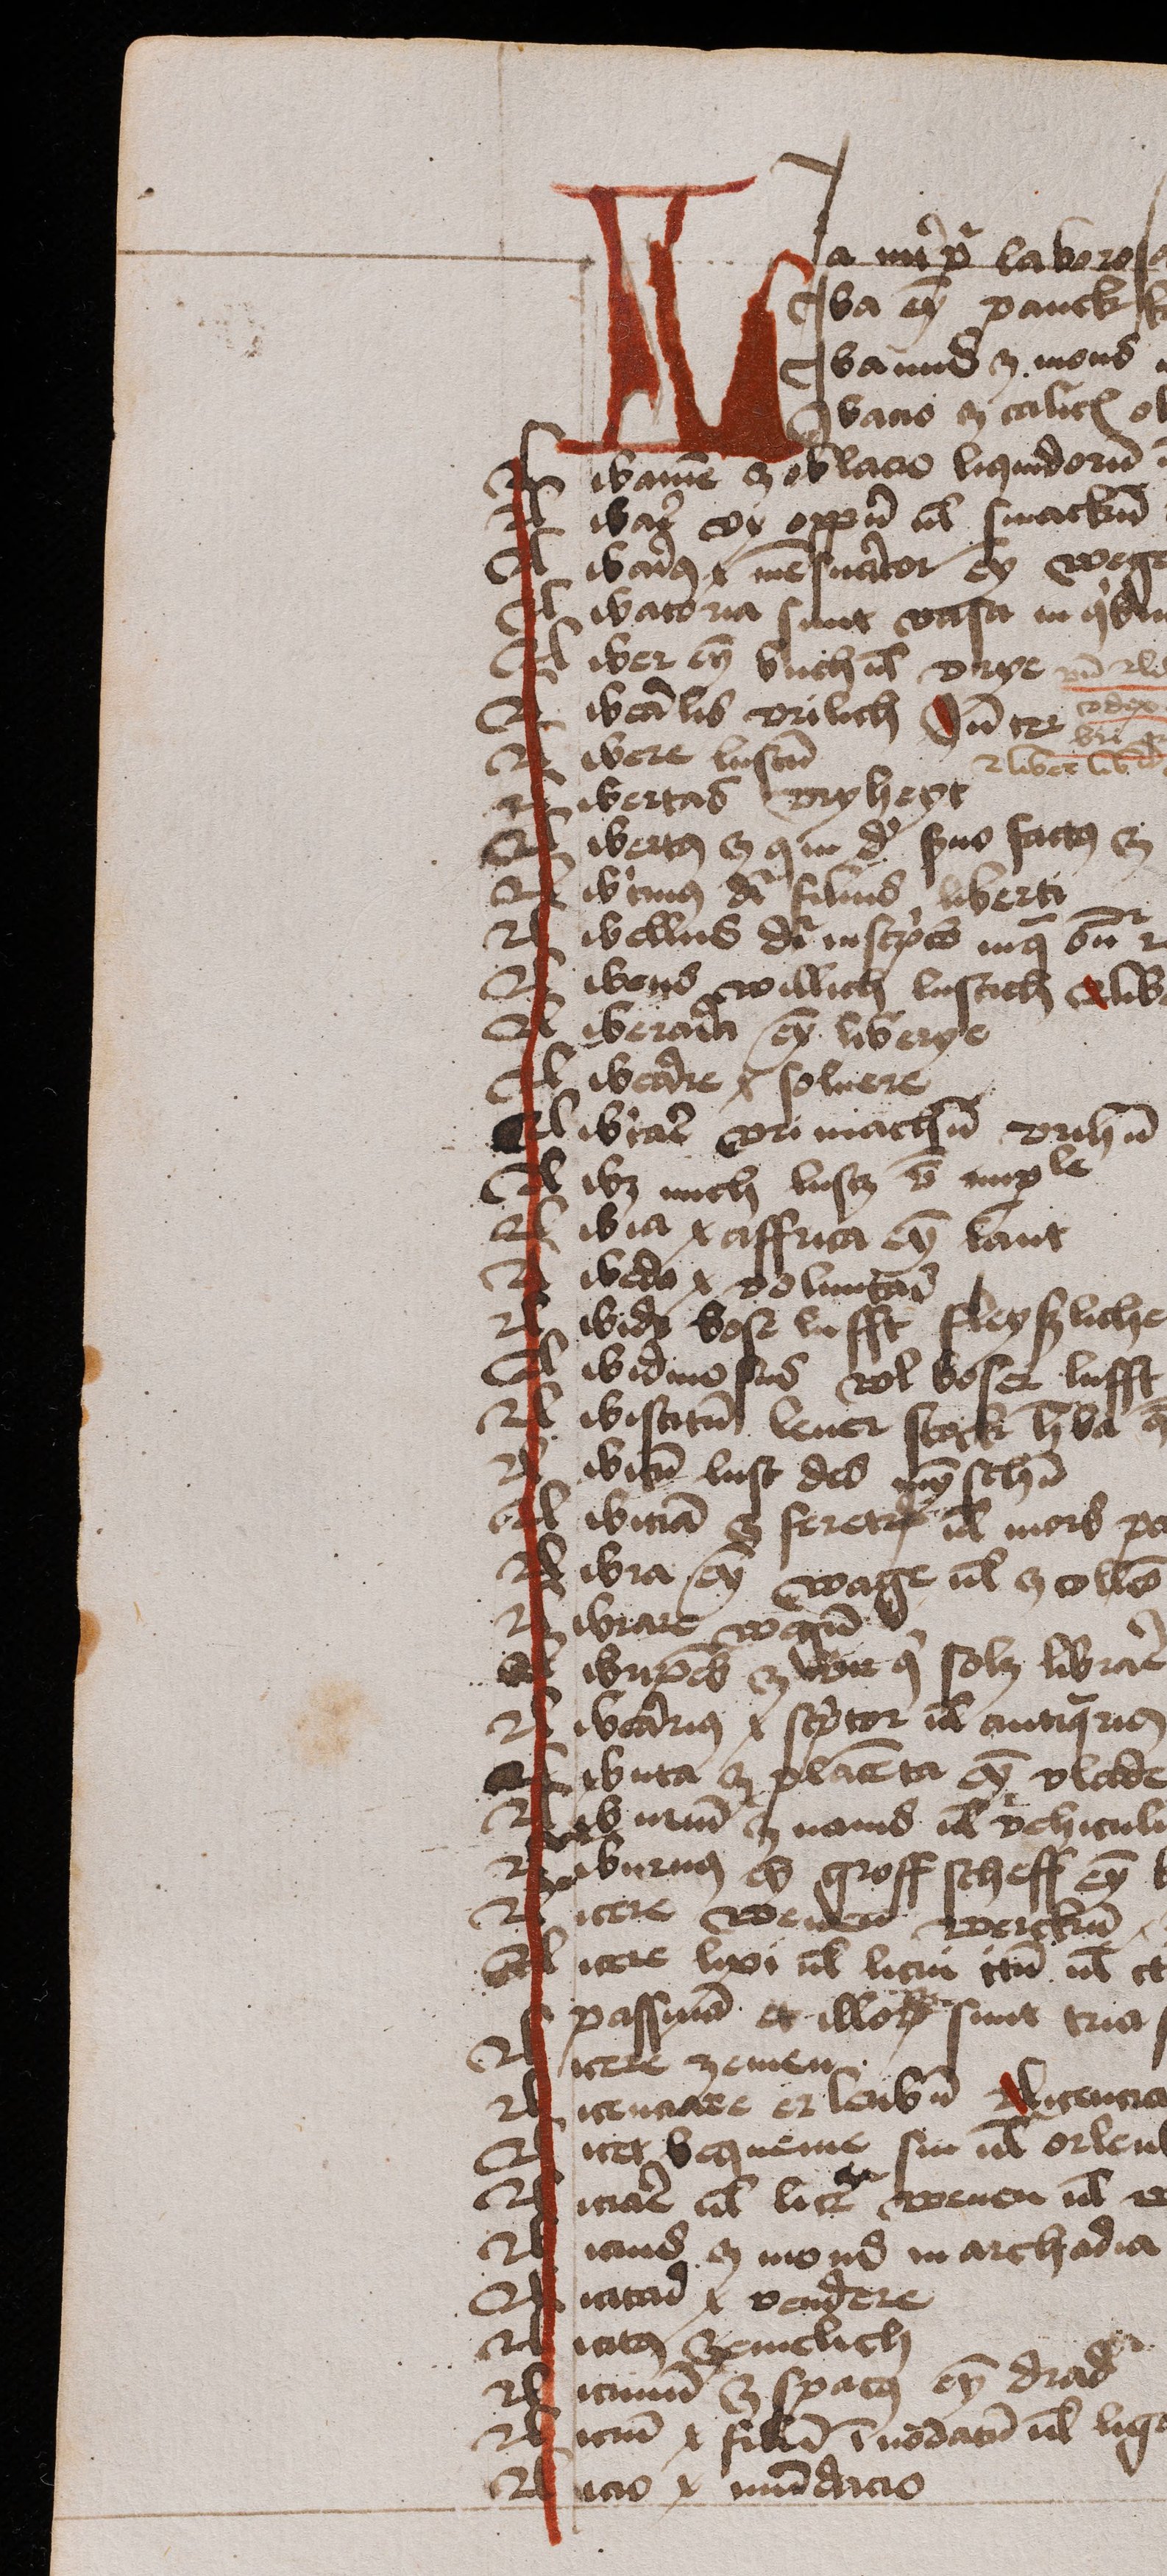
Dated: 1474–1474